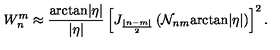
W _ { n } ^ { m } \approx \frac { \mathrm { a r c t a n } | \eta | } { | \eta | } \left[ J _ { \frac { | n - m | } 2 } \left( { \cal N } _ { n m } \mathrm { a r c t a n } | \eta | \right) \right] ^ { 2 } .